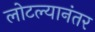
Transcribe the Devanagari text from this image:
लोटल्‍यानंतर